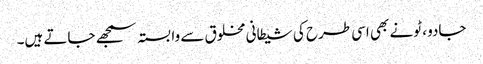
جادو ، ٹونے بھی اسی طرح کی شیطانی مخلوق سے وابستہ سمجھے جاتے ہیں۔